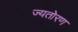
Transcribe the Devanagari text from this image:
ज्यतोरण